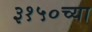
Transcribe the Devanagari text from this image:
३१५०च्या